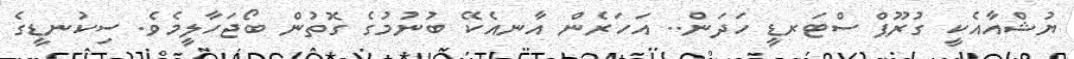
ޔުޝްއާއެކީ ގުރޫޕް ސްޓަރޑީ ހަދަން.. އަހަރެން އާނއެކޭ ބުނުމުގެ ގޮތުން ބޯޖަހާލީމެވެ. ސިކުނޑީގެ